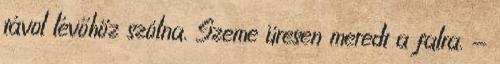
távol lévőhöz szólna. Szeme üresen meredt a falra. -